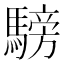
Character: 騯